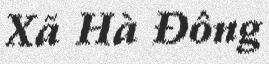
Xã Hà Đông